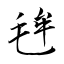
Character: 毪